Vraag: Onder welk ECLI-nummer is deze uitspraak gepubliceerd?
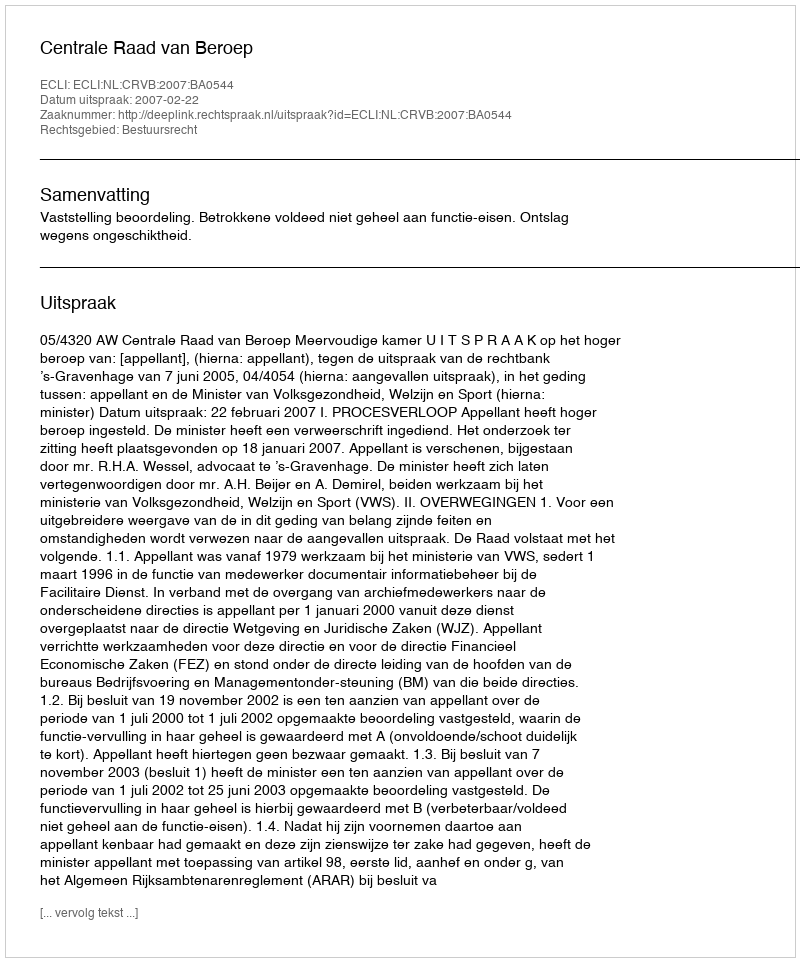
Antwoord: ECLI:NL:CRVB:2007:BA0544